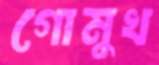
গোমুখ